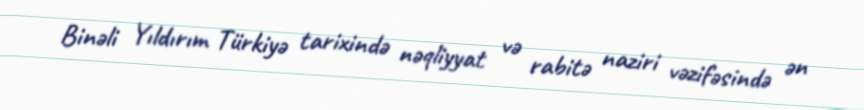
Binəli Yıldırım Türkiyə tarixində nəqliyyat və rabitə naziri vəzifəsində ən